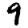
Digit: 9